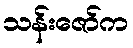
သန်းဇော်က